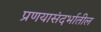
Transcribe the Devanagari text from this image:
प्रणयासंदर्भातील